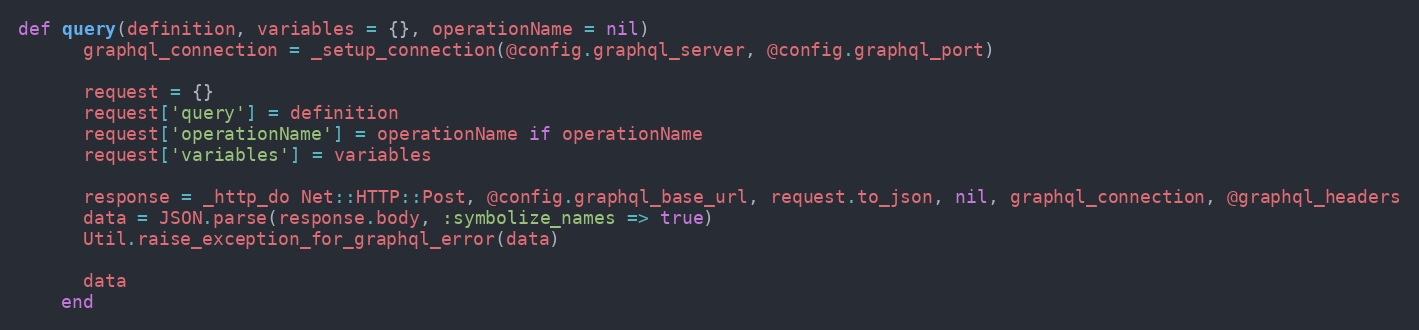
Language: Ruby
def query(definition, variables = {}, operationName = nil)
      graphql_connection = _setup_connection(@config.graphql_server, @config.graphql_port)

      request = {}
      request['query'] = definition
      request['operationName'] = operationName if operationName
      request['variables'] = variables

      response = _http_do Net::HTTP::Post, @config.graphql_base_url, request.to_json, nil, graphql_connection, @graphql_headers
      data = JSON.parse(response.body, :symbolize_names => true)
      Util.raise_exception_for_graphql_error(data)

      data
    end